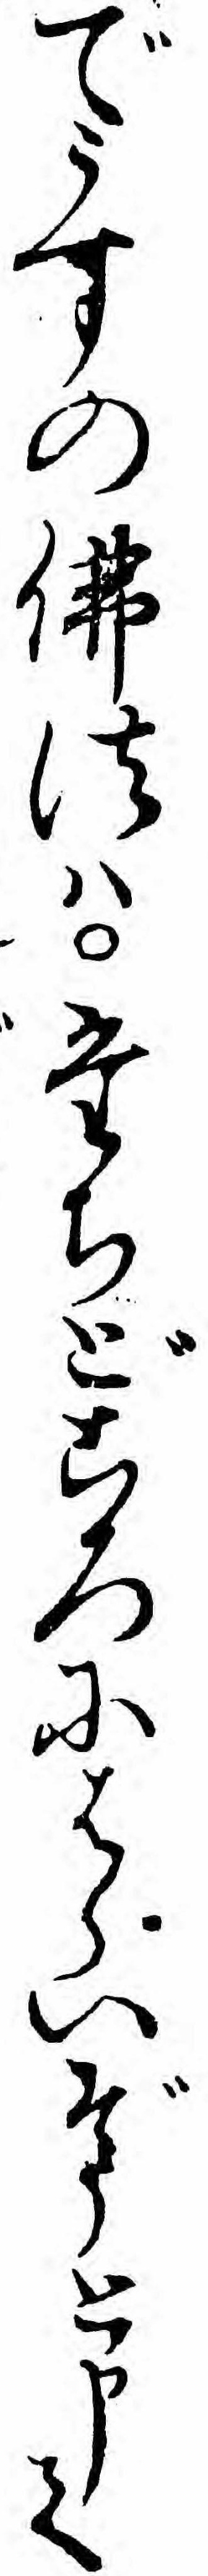
でうすの仏法ハたちどころにはらいぞうと申て